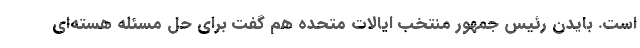
است. بایدن رئیس جمهور منتخب ایالات متحده هم گفت برای حل مسئله هسته‌ای